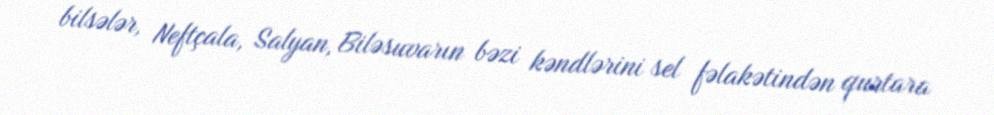
bilsələr, Neftçala, Salyan, Biləsuvarın bəzi kəndlərini sel fəlakətindən qurtara